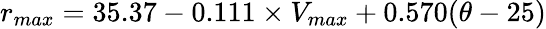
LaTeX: r_{max}=35.37-0.111\times V_{max}+0.570(\theta-25)